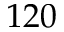
1 2 0